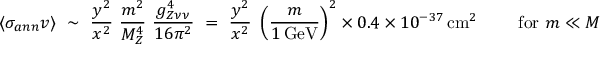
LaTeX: \langle \sigma _ { a n n } v \rangle \ \sim \ \frac { y ^ { 2 } } { x ^ { 2 } } \ \frac { m ^ { 2 } } { M _ { Z } ^ { 4 } } \ \frac { g _ { Z \nu \nu } ^ { 4 } } { 1 6 \pi ^ { 2 } } \ = \ \frac { y ^ { 2 } } { x ^ { 2 } } \ \left( \frac { m } { 1 \, \mathrm { G e V } } \right) ^ { 2 } \times 0 . 4 \times 1 0 ^ { - 3 7 } \, \mathrm { c m } ^ { 2 } \ \qquad \mathrm { f o r ~ } m \ll M